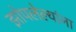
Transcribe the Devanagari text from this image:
झोपलेल्यांना